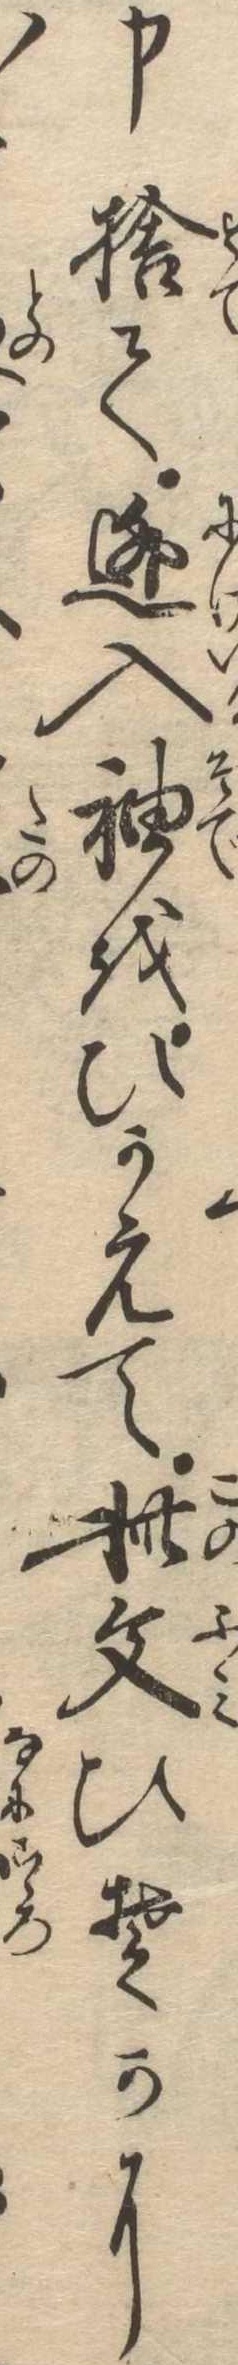
申捨て逃入袖をひかえて此文ひそかに